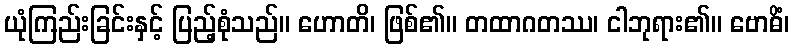
ယုံကြည်းခြင်းနှင့် ပြည့်စုံသည်။ ဟောတိ၊ ဖြစ်၏။ တထာဂတဿ၊ ငါဘုရား၏။ ဗောဓိံ၊